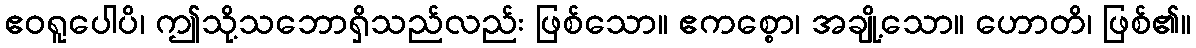
ဧဝရူပေါပိ၊ ဤသို့သဘောရှိသည်လည်း ဖြစ်သော။ ဧကစ္စော၊ အချို့သော။ ဟောတိ၊ ဖြစ်၏။